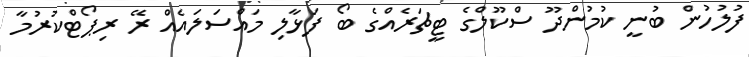
ފުލުހުން ބުނީ ކުމުންދޫ ސްކޫލްގެ ޓީޗަރެއްގެ ބޯ ފަޅާލި މައްސަލައެއް ރޭ ރިޕޯޓްކުރުމާ